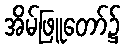
အိမ်ဖြူတော်၌